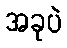
အခုပဲ